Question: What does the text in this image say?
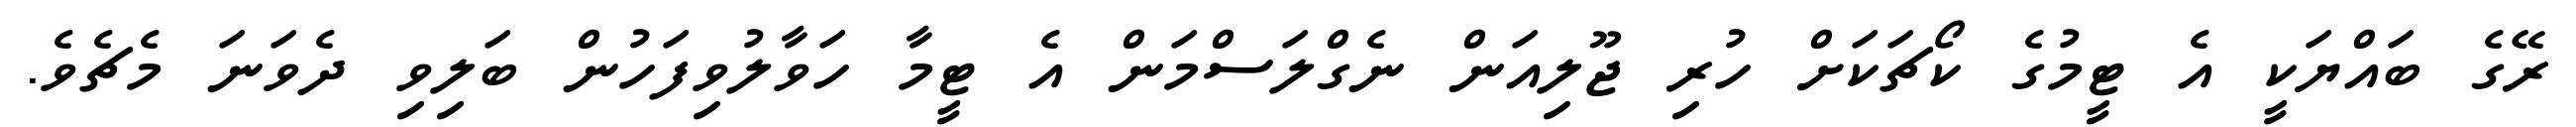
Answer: ރޭގެ ބައްޔަކީ އެ ޓީމުގެ ކޯޗަކަށް ހުރި ޖޫލިއަން ނެގްލަސްމަން އެ ޓީމާ ހަވާލުވިފަހުން ބަލިވި ދެވަނަ މެޗެވެ.